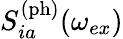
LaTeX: S_{ia}^{\mathrm{(ph)}}(\omega_{ex})